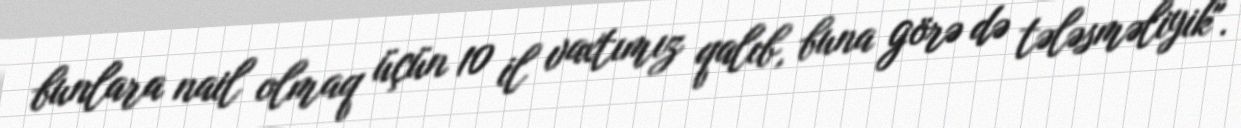
bunlara nail olmaq üçün 10 il vaxtımız qalıb, buna görə də tələsməliyik".